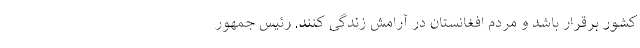
کشور برقرار باشد و مردم افغانستان در آرامش زندگی کنند. رئیس جمهور